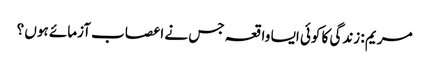
مریم : زندگی کا کوئی ایسا واقعہ جس نے اعصاب آزمائے ہوں ؟